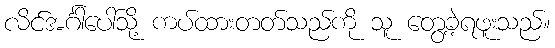
လိင်အင်္ဂါပေါ်သို့ ကပ်ထားတတ်သည်ကို သူ တွေ့ခဲ့ရဖူးသည်။